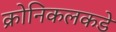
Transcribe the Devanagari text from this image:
क्रोनिकलकडे